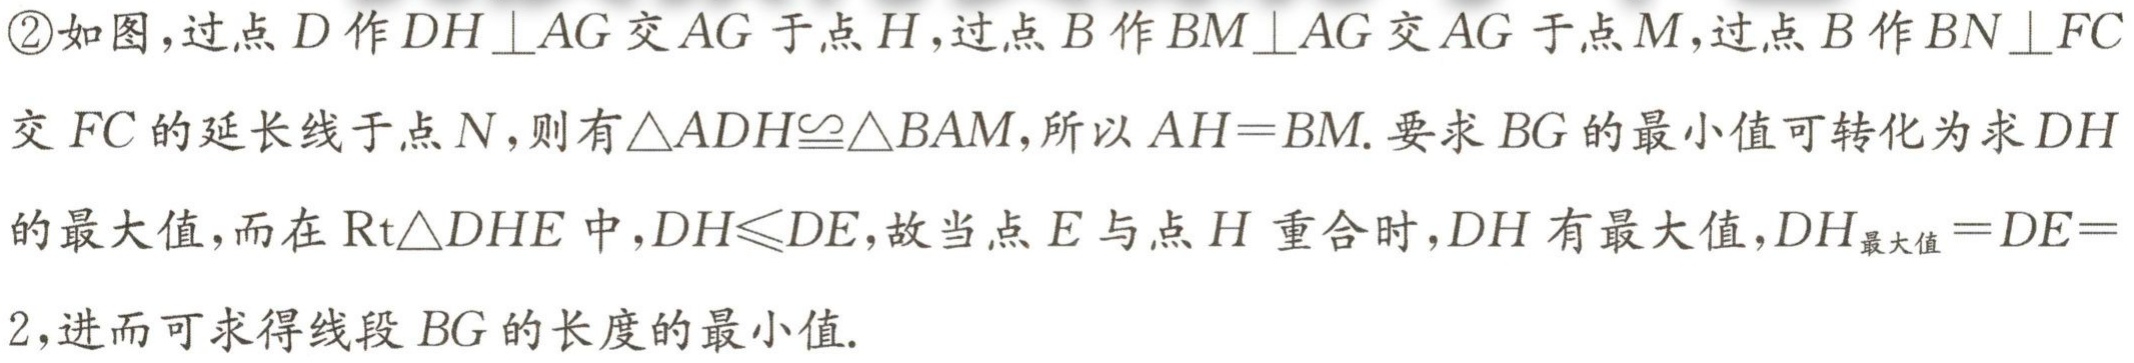
\textcircled{2}如图，过点\(D\)作\(DH\perp AG\)交\(AG\)于点\(H\)，过点\(B\)作\(BM\perp AG\)交\(AG\)于点\(M\)，过点\(B\)作\(BN\perp FC\)交\(FC\)的延长线于点\(N\)，则有\(\triangle ADH\cong\triangle BAM\)，所以\(AH = BM\). 要求\(BG\)的最小值可转化为求\(DH\)的最大值，而在\(Rt\triangle DHE\)中，\(DH\leqslant DE\)，故当点\(E\)与点\(H\)重合时，\(DH\)有最大值，\(DH_{最大值}=DE = 2\)，进而可求得线段\(BG\)的长度的最小值.